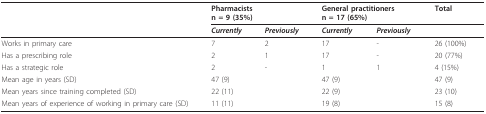
<table><thead><tr><td></td><td colspan="2"><b>Pharmacistsn = 9 (35%)</b></td><td colspan="2"><b>General practitionersn = 17 (65%)</b></td><td><b>Total</b></td></tr><tr><td></td><td><b><i>Currently</i></b></td><td><b><i>Previously</i></b></td><td><b><i>Currently</i></b></td><td><b><i>Previously</i></b></td><td></td></tr></thead><tbody><tr><td>Works in primary care</td><td>7</td><td>2</td><td>17</td><td>-</td><td>26 (100%)</td></tr><tr><td>Has a prescribing role</td><td>2</td><td>1</td><td>17</td><td>-</td><td>20 (77%)</td></tr><tr><td>Has a strategic role</td><td>2</td><td>-</td><td>1</td><td>1</td><td>4 (15%)</td></tr><tr><td>Mean age in years (SD)</td><td>47 (9)</td><td></td><td>47 (9)</td><td></td><td>47 (9)</td></tr><tr><td>Mean years since training completed (SD)</td><td>22 (11)</td><td></td><td>22 (9)</td><td></td><td>23 (10)</td></tr><tr><td>Mean years of experience of working in primary care (SD)</td><td>11 (11)</td><td></td><td>19 (8)</td><td></td><td>15 (8)</td></tr></tbody></table>